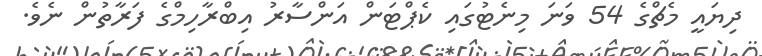
ދިޔައީ މެޗްގެ 54 ވަނަ މިނެޓުގައި ކެޕްޓަން އަންސާރު އިބްރާހިމްގެ ފަރާތުން ނެވެ.